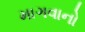
માગવાનો